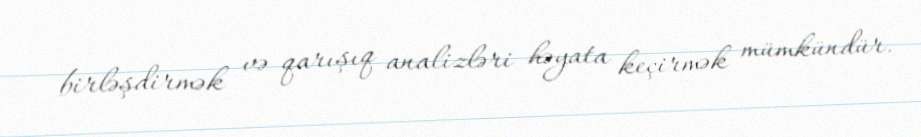
birləşdirmək və qarışıq analizləri həyata keçirmək mümkündür.